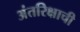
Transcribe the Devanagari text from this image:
अंतरिक्षाची